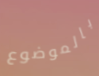
بالموضوع